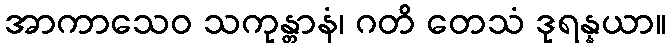
အာကာသေဝ သကုန္တာနံ၊ ဂတိ တေသံ ဒုရန္နယာ။